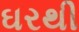
ઘરથી